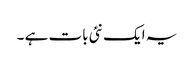
یہ ایک نئی بات ہے ۔